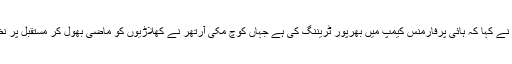
بائیں ہاتھ کے گیند باز نے کہا کہ ہائی پرفارمنس کیمپ میں بھرپور ٹریننگ کی ہے جہاں کوچ مکی آرتھر نے کھلاڑیوں کو ماضی بھول کر مستقبل پر نظر رکھنے کا کہا ہے۔